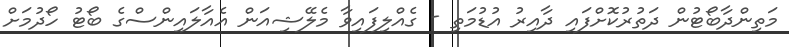
މަތިންދާބޯޓުން ދަތުރުކޮށްފައި ދާއިރު އުޑުމަތި - ގެއްލިފައިވާ މެލޭޝިއަން އެއާލައިންސްގެ ބޯޓު ހޯދުމަށް